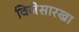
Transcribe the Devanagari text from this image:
विजेसारखा